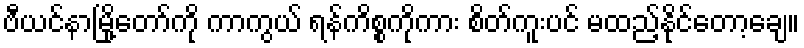
ဗီယင်နာမြို့တော်ကို ကာကွယ် ရန်ကိစ္စကိုကား စိတ်ကူးပင် မထည့်နိုင်တော့ချေ။